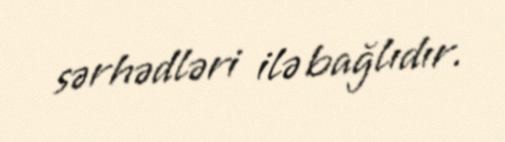
sərhədləri ilə bağlıdır.